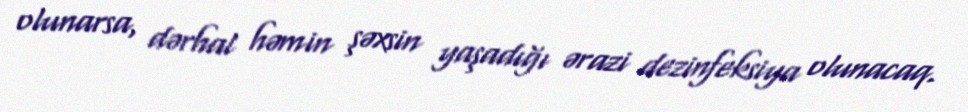
olunarsa, dərhal həmin şəxsin yaşadığı ərazi dezinfeksiya olunacaq.